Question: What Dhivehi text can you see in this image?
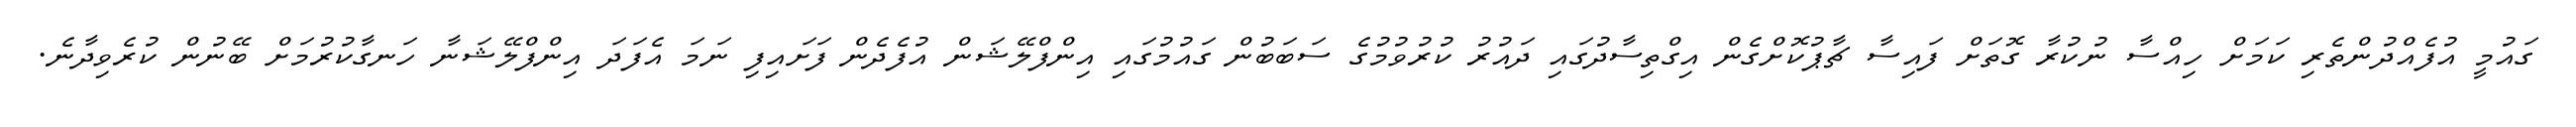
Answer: ގައުމީ އުފެއްދުންތެރި ކަމަށް ހިއްސާ ނުކުރާ ގޮތަށް ފައިސާ ޗާޕުކޮށްގެން އިގްތިސާދުގައި ދައުރު ކުރުވުމުގެ ސަބަބުން ގައުމުގައި އިންފްލޭޝަން އުފެދެން ފަށައިފި ނަމަ އެފަދަ އިންފްލޭޝަނާ ހަނގާކުރުމަށް ބޭނުން ކުރެވިދާނެ.